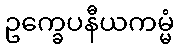
ဥက္ခေပနီယကမ္မံ